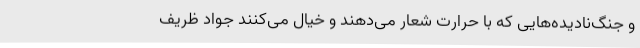
و جنگ‌نادیده‌هایی که با حرارت شعار می‌دهند و خیال می‌کنند جواد ظریف